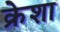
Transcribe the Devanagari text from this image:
क्रेशा